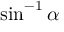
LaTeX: \sin ^ { - 1 } \alpha